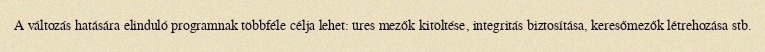
A változás hatására elinduló programnak többféle célja lehet: üres mezők kitöltése, integritás biztosítása, keresőmezők létrehozása stb.